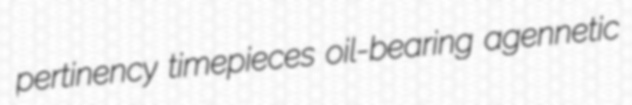
pertinency timepieces oil-bearing agennetic